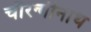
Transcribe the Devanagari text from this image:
चौरन्गीनाथ